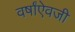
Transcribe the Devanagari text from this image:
वर्षांऐवजी